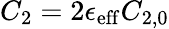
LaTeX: C_{2}=2\epsilon_{\mathrm{eff}}C_{2,0}